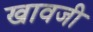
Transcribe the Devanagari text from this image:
खावजी